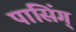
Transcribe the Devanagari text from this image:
पासिंग्